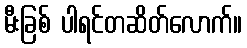
မီးခြစ် ပါရင်တဆိတ်လောက်။